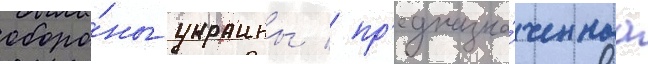
оборо́ны украины / пр'едназна́ченнаа